Plague in India, 1896, 1897 - Volume 2
Year: 1896
Disease focus: Plague
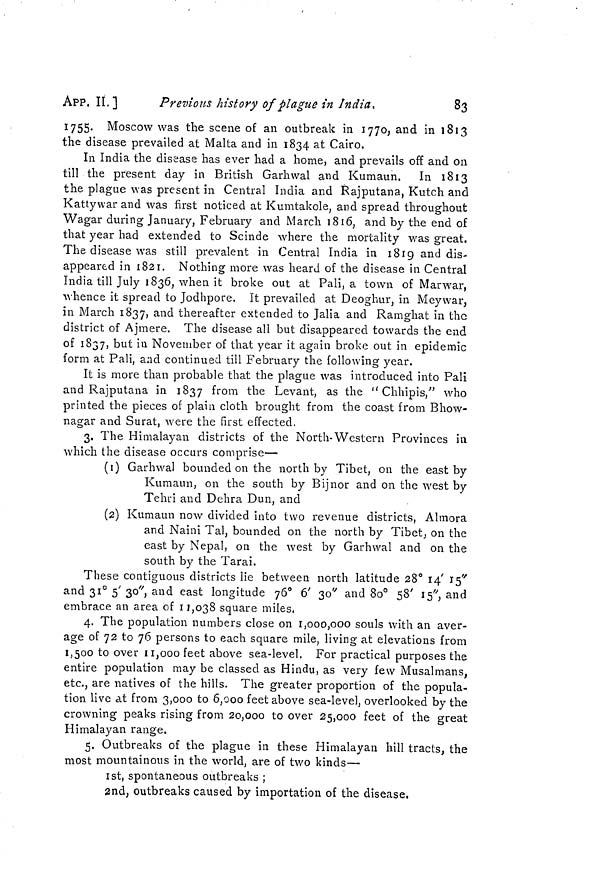
APP, II.]
Previous history of plague in India.
83
1755. Moscow was the scene of an outbreak in 1770, and in 1813
the disease prevailed at Malta and in 1834 at Cairo.
In India the disease has ever had a home, and prevails off and on
till the present day in British Garhwal and Kumaun. In 1813
the plague was present in Central India and Rajputana, Kutch and
Kattywar and was first noticed at Kumtakole, and spread throughout
Wagar during January, February and March 1816, and by the end of
that year had extended to Scinde where the mortality was great.
The disease was still prevalent in Central India in 1819 and dis-
appeared in 1821. Nothing more was heard of the disease in Central
India till July 1836, when it broke out at Pali, a town of Marwar,
whence it spread to Jodhpore. It prevailed at Deoghur, in Meywar,
in March 1837, and thereafter extended to Jalia and Ramghat in the
district of Ajmere. The disease all but disappeared towards the end
of 1837, but in November of that year it again broke out in epidemic
form at Pali, and continued till February the following year.
It is more than probable that the plague was introduced into Pali
and Rajputana in 1837 from the Levant, as the " Chhipis," who
printed the pieces of plain cloth brought from the coast from Bhow-
nagar and Surat. were the first effected,
D
*
3. The Himalayan districts of the North-Western Provinces in
which the disease occurs comprise—
(1) Garhwal bounded on the north by Tibet, on the east by
Kumaun, on the south by Bijnor and on the west by
Tehri and Dehra Dun, and
(2) Kumaun now divided into two revenue districts, Almora
and Naini Tal, bounded on the north by Tibet, on the
east by Nepal, on the west by Garhwal and on the
south by the Tarai.
These contiguous districts lie between north latitude 28° 14' 15"
and 31° 5' 30", and east longitude 76° 6' 30" and 80° 58' 15", and
embrace an area of 11,038 square miles.
4. The population numbers close on 1,000,000 souls with an aver-
age of 72 to 76 persons to each square mile, living at elevations from
1,500 to over 11,000 feet above sea-level. For practical purposes the
entire population may be classed as Hindu, as very few Musalmans,
etc., are natives of the hills. The greater proportion of the popula-
tion live at from 3,000 to 6,000 feet above sea-level, overlooked by the
crowning peaks rising from 20,000 to over 25,000 feet of the great
Himalayan range.
5. Outbreaks of the plague in these Himalayan hill tracts, the
most mountainous in the world, are of two kinds—
1st, spontaneous outbreaks ;
2nd, outbreaks caused by importation of the disease.